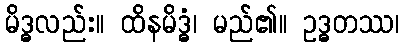
မိဒ္ဓလည်း။ ထိနမိဒ္ဓံ၊ မည်၏။ ဥဒ္ဓတဿ၊